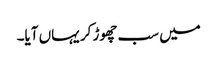
میں سب چھوڑ کر یہاں آیا۔